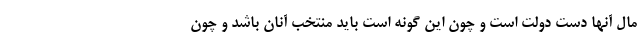
مال آنها دست دولت است و چون این گونه است باید منتخب آنان باشد و چون